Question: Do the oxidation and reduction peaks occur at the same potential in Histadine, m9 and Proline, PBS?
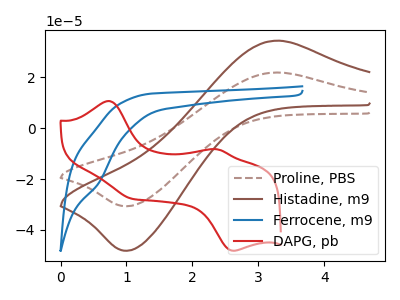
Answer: <think>The brown dashed curve "Proline, PBS" has an anodic peak at (3.30V, 21.90uA) and a cathodic peak at (1.05V, -30.65uA). The brown curve "Histadine, m9" has an anodic peak at (3.30V, 34.40uA) and a cathodic peak at (1.05V, -48.15uA). The blue curve "Ferrocene, m9" has a cathodic peak at: (0.60V, -21.45uA). The red curve "DAPG, pb" has anodic peaks at (0.75V, 10.65uA) (2.40V, -8.30uA) and cathodic peaks at (2.60V, -48.15uA) (1.10V, -27.70uA).</think>
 <answer>Yes, "Histadine, m9" have a peak in "Proline, PBS" at the same potential.</answer>
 <eval>match</eval>